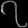
Digit: ၇